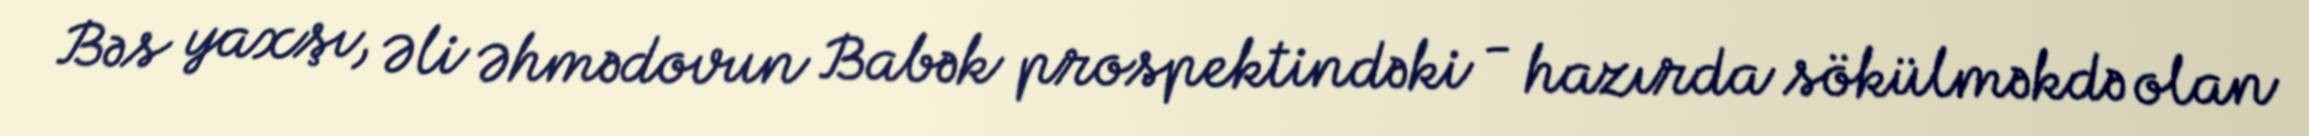
Bəs yaxşı, Əli Əhmədovun Babək prospektindəki - hazırda sökülməkdə olan